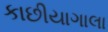
કાછીયાગાલા